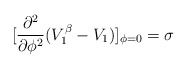
\begin{align*}[\frac{\partial^2}{\partial\phi^2}(V^{\beta}_1-V_1)]_{\phi=0}=\sigma\end{align*}